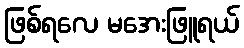
ဖြစ်ရလေ မအေးဖြူရယ်